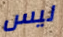
ليس